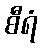
စီရံ